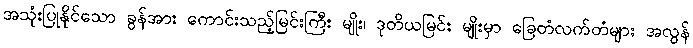
အသုံးပြုနိုင်သော ခွန်အား ကောင်းသည့်မြင်းကြီး မျိုး၊ ဒုတိယမြင်း မျိုးမှာ ခြေတံလက်တံများ အလွန်